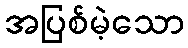
အပြစ်မဲ့သော